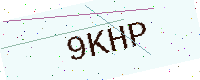
Text: 9KHP